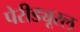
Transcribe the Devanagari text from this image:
पेरीड्यूरल